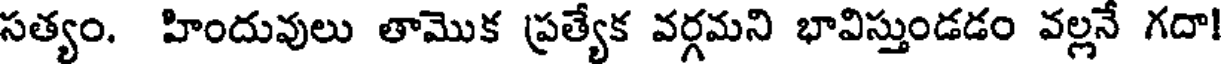
సత్యం. హిందువులు తామొక ప్రత్యేక వర్గమని భావిస్తుండడం వల్లనే గదా!